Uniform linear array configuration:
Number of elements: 24
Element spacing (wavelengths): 0.25
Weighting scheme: binomial
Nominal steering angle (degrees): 60
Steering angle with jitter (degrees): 61.327
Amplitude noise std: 0.05
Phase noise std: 0.05

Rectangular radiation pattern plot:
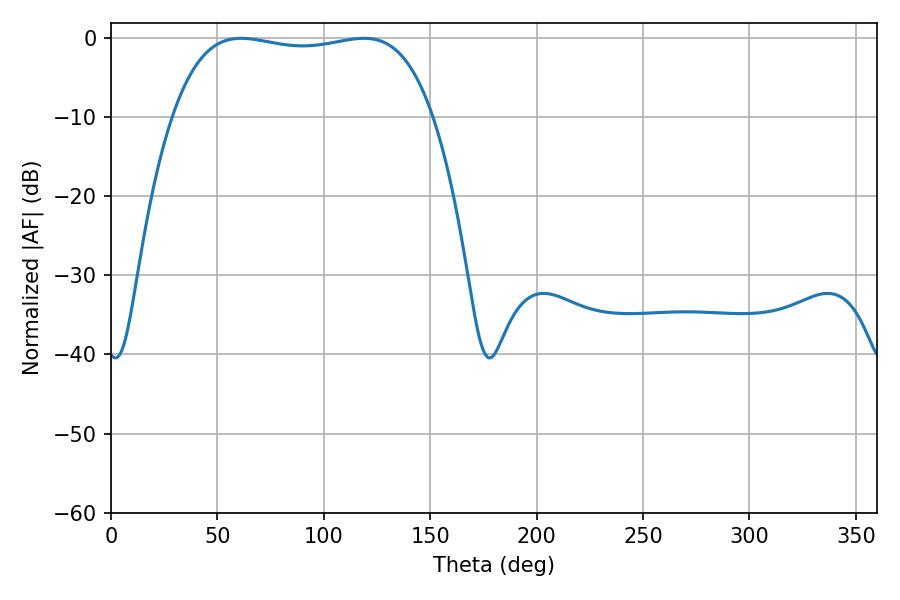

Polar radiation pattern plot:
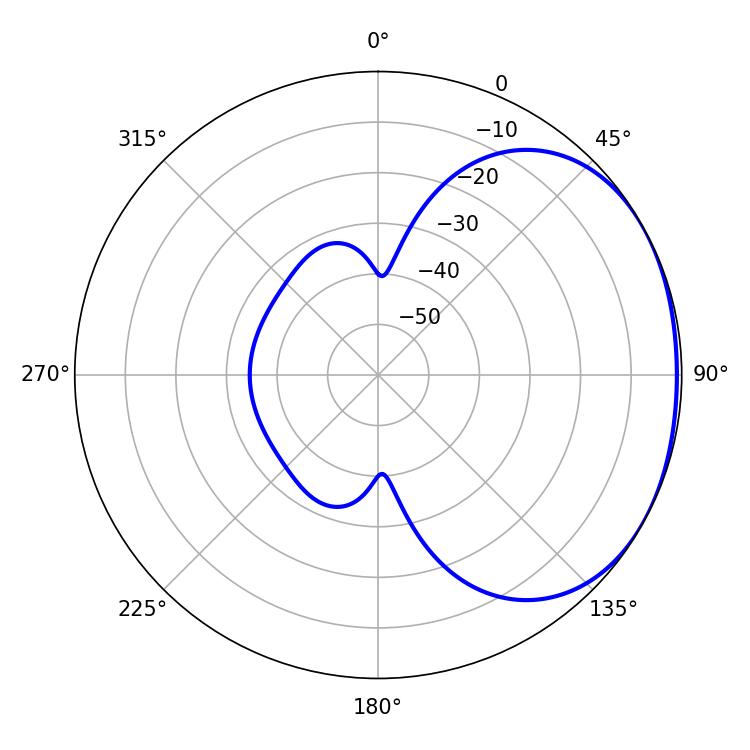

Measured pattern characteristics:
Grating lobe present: FALSE
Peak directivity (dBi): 1.574
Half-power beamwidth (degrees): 97.92
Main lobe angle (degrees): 61.2